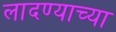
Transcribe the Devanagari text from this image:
लादण्याच्या